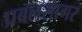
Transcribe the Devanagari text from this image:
प्रबलसागर